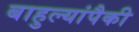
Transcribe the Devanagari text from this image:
बाहुल्यांपैकी